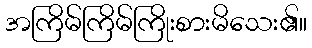
အကြိမ်ကြိမ်ကြိုးစားမိသေး၏။